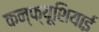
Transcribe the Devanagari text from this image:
कन्फ्यूशियाई